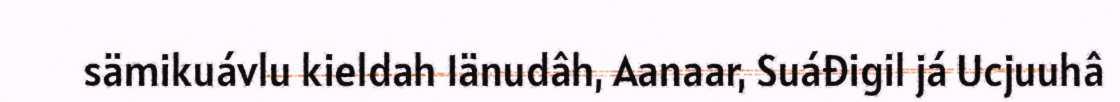
sämikuávlu kieldah Iänudâh, Aanaar, Suáđigil já Ucjuuhâ